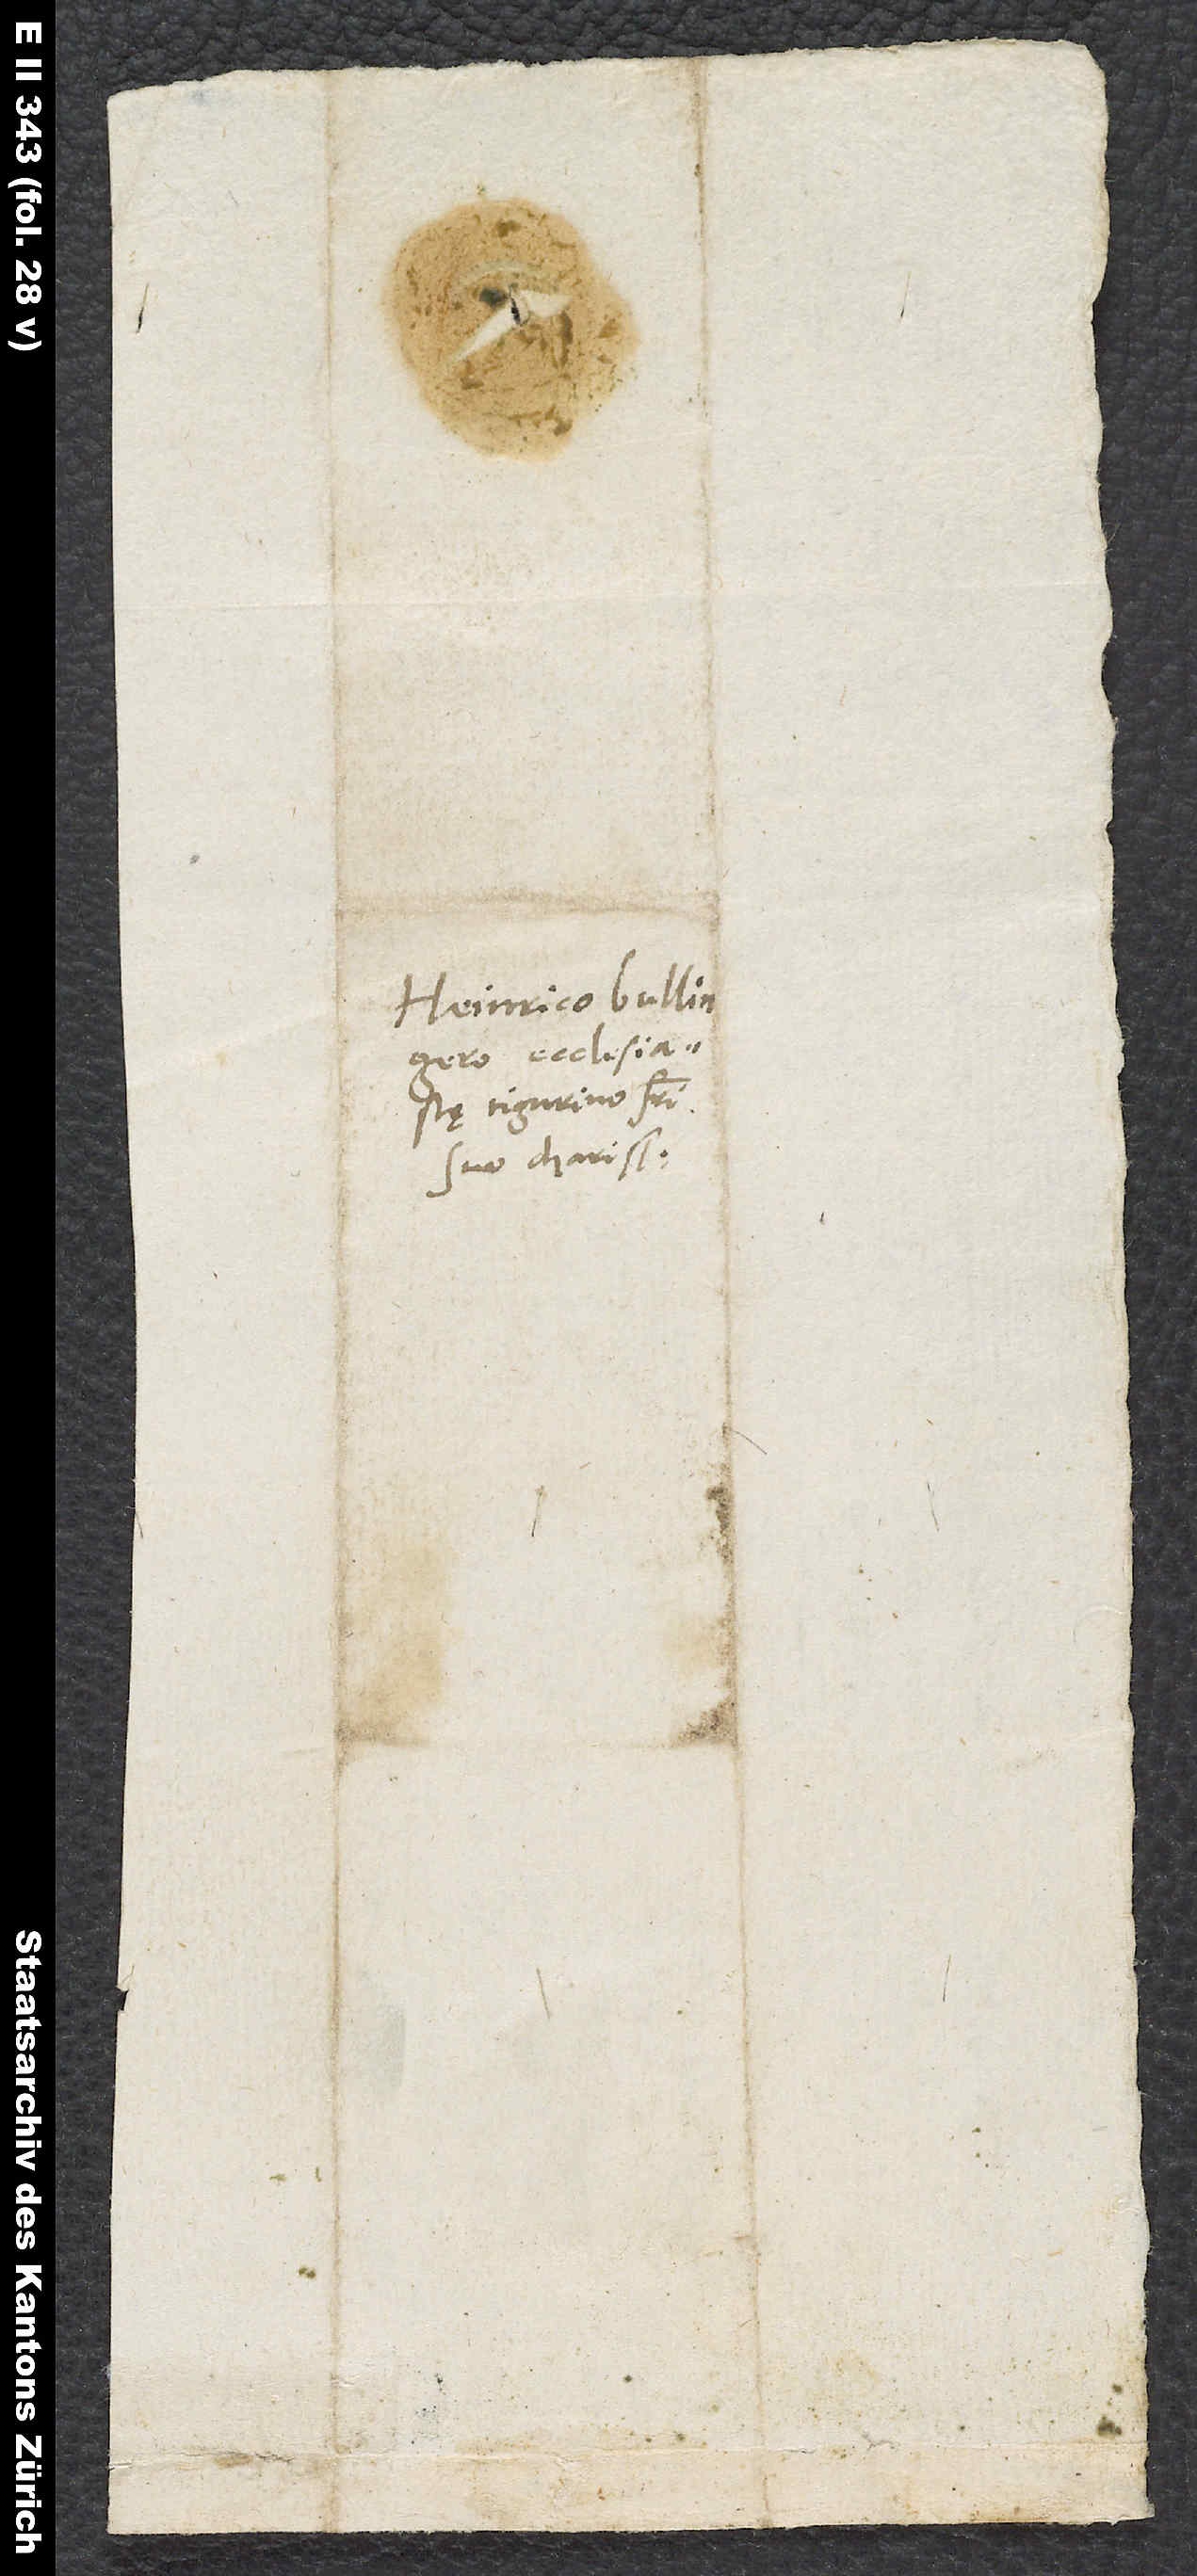
ad

Heinrico Bullingero,
Tigurino, fratri
suo charissimo.